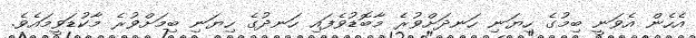
އެހެން އެވަނީ ބިމުގެ ހިޔަނި ހަނދަށްވުރެ މާބޮޑުވެފައި ހަނދުގެ ހިޔަނި ބިމަށްވުރެ މާކުޑަވީމައެވެ.